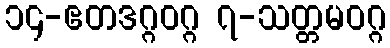
၁၄-ဧတဒဂ္ဂဝဂ္ဂ ၇-သတ္တမဝဂ္ဂ